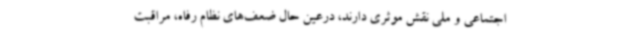
اجتماعی و ملی نقش موثری دارند، درعین حال ضعف‌های نظام رفاه، مراقبت